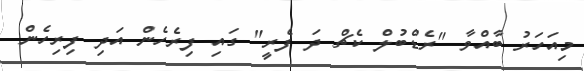
މިއަހަރު ބާއްވާ "ރެޑްބުލް ކެޗް ދަ ފެރީ" ގައި ފިރެހެން އަދި ފިރިހެން